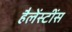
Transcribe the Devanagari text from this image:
हैलेंस्टींस